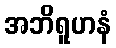
အဘိရူဟနံ